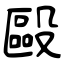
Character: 毆